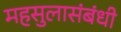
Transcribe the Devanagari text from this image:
महसुलासंबंधी